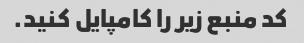
کد منبع زیر را کامپایل کنید.